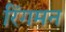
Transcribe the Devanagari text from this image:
रिंगमन